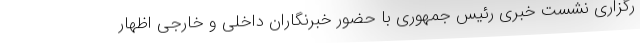
رگزاری نشست خبری رئیس جمهوری با حضور خبرنگاران داخلی و خارجی اظهار